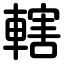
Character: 轄